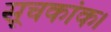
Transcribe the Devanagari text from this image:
सूचकांक।